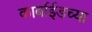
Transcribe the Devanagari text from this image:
कार्बाईडच्या